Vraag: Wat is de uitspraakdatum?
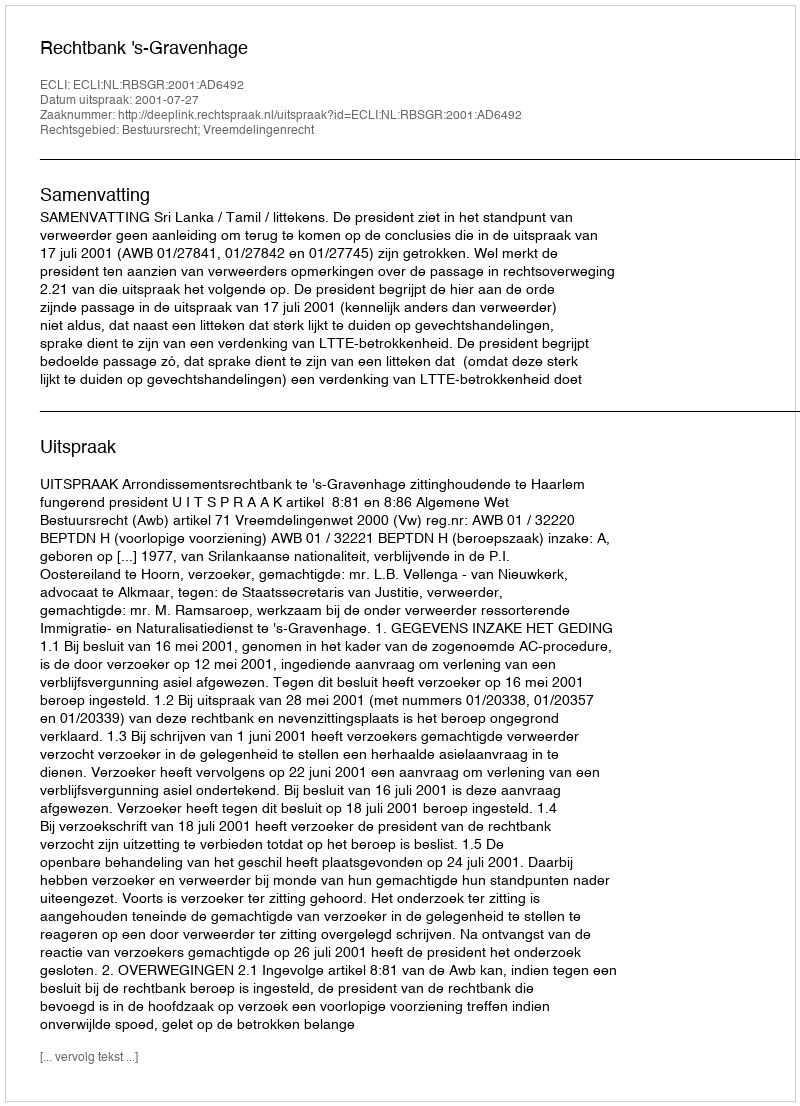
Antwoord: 2001-07-27